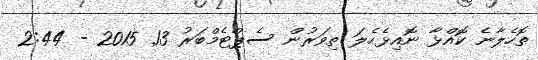
ތޮހެލާނެ ކޮއްޅާ ނޮއިޅެހެލަަ ތިވަރުން ސެޕްޓެމްބަރު 13